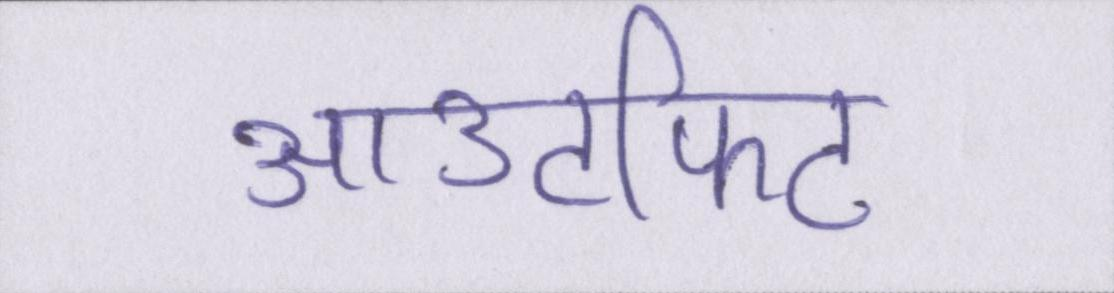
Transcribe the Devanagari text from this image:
आउटफिट